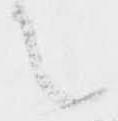
て